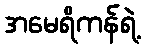
အမေရိကန်ရဲ့